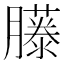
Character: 𦢘